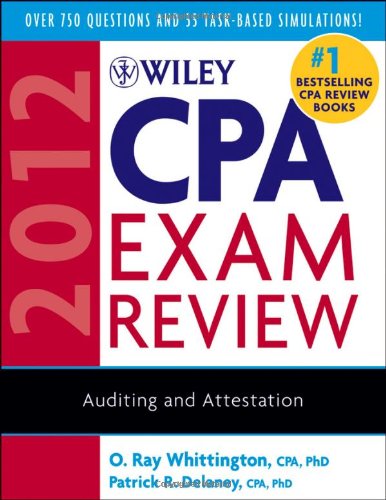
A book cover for Wiley CPA Exam Review 2012, Auditing and Attestation; O. Ray Whittington; Test Preparation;